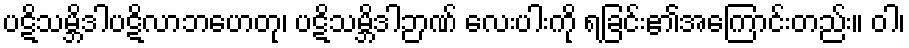
ပဋိသမ္ဘိဒါပဋိလာဘဟေတု၊ ပဋိသမ္ဘိဒါဉာဏ် လေးပါးကို ရခြင်း၏အကြောင်းတည်း။ ဝါ၊